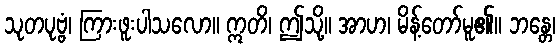
သုတပုဗ္ဗံ၊ ကြားဖူးပါသလော။ ဣတိ၊ ဤသို့။ အာဟ၊ မိန့်တော်မူ၏။ ဘန္တေ၊